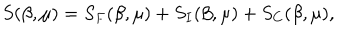
S ( \beta , \mu ) = S _ { F } ( \beta , \mu ) + S _ { I } ( \beta , \mu ) + S _ { C } ( \beta , \mu ) ,